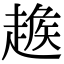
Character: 𧼵